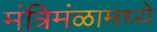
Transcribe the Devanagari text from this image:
मंत्रिमंळामध्ये